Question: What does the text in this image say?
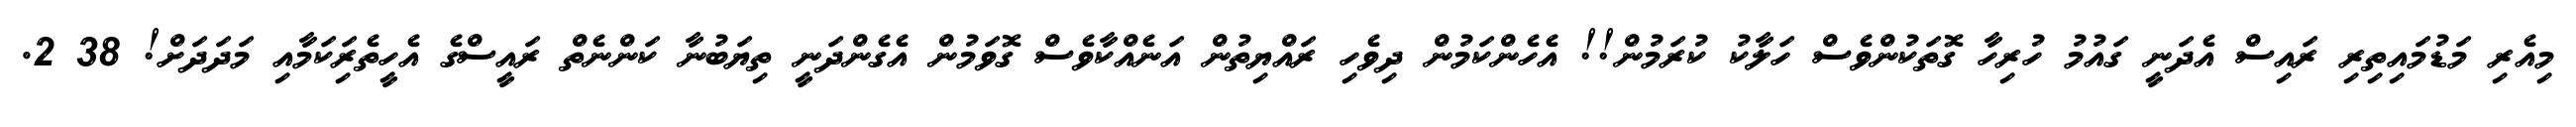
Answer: މިއެރި މަޑުމައިތިރި ރައިސް އެދަނީ ގައުމު ހުރިހާ ގޮތަކުންވެސް ހަލާކު ކުރަމުން!! އެހެންކަމުން ދިވެހި ރައްޔިތުން އަނެއްކާވެސް ގޮވަމުން އެގެންދަނީ ތިޔަބުނާ ކަންނެތް ރައީސްގެ އެހީތެރިަކަމާއި މަދަދަށް! 38 2.